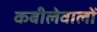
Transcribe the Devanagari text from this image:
कबीलेवालों